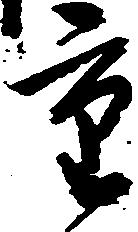
重